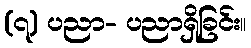
(၇) ပညာ- ပညာရှိခြင်း။